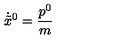
\dot { \tilde { x } } { } ^ { 0 } = \frac { p ^ { 0 } } { m }